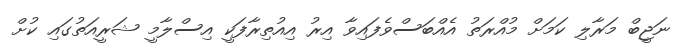
ނަޖީބް މަރާލި ކަމަށް މުއްރަތު އެއްބަސްވެފައިވާ އިރު އިއުތިރާފަކީ އިސްލާމީ ޝަރީއަތުގައި ކުށް